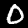
Label: 0